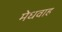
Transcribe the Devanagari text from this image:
मेधवाह